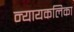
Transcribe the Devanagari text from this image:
न्यायकलिका